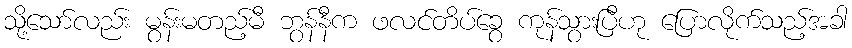
သို့သော်လည်း မွန်းမတည့်မီ ဘွန်နီက ဖလင်တိပ်ခွေ ကုန်သွားပြီဟု ပြောလိုက်သည့်အခါ